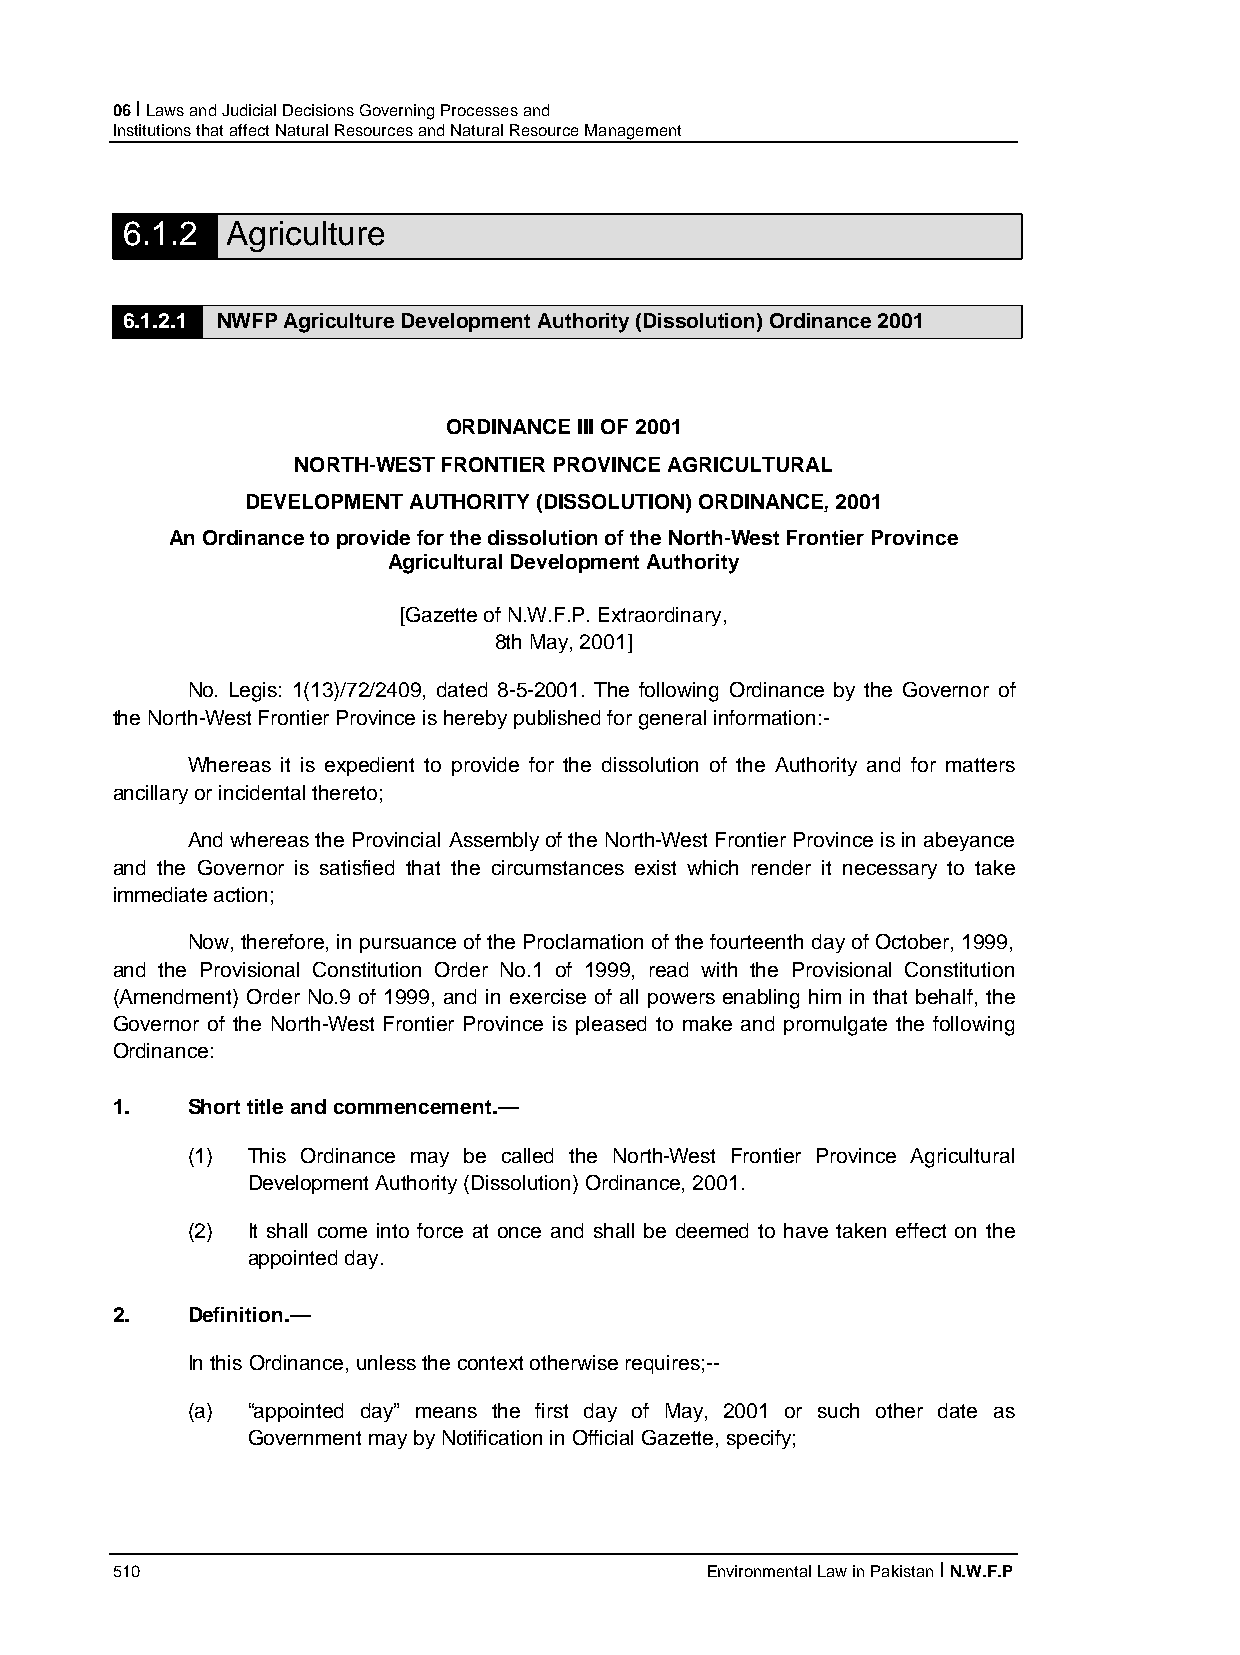
06 I Laws and Judicial Decisions Governing Processes and
 Institutions that affect Natural Resources and Natural Resource Management
 6.1.2  Agriculture
 6.1.2.1 NWFP Agriculture Development Authority (Dissolution) Ordinance 2001
 ORDINANCE III OF 2001
 NORTH-WEST FRONTIER PROVINCE AGRICULTURAL
 DEVELOPMENT AUTHORITY (DISSOLUTION) ORDINANCE, 2001
 An Ordinance to provide for the dissolution of the North-West Frontier Province
 Agricultural Development Authority
 [Gazette of N.W.F.P. Extraordinary,
 8th May, 2001]
 No. Legis: 1(13)/72/2409, dated 8-5-2001. The following Ordinance by the Governor of
 the North-West Frontier Province is hereby published for general information:-
 Whereas it is expedient to provide for the dissolution of the Authority and for matters
 ancillary or incidental thereto;
 And whereas the Provincial Assembly of the North-West Frontier Province is in abeyance
 and the Governor is satisfied that the circumstances exist which render it necessary to take
 immediate action;
 Now, therefore, in pursuance of the Proclamation of the fourteenth day of October, 1999,
 and the Provisional Constitution Order No.1 of 1999, read with the Provisional Constitution
 (Amendment) Order No.9 of 1999, and in exercise of all powers enabling him in that behalf, the
 Governor of the North-West Frontier Province is pleased to make and promulgate the following
 Ordinance:
 1.   Short title and commencement.—
 (1) This Ordinance may be called the North-West Frontier Province Agricultural
 Development Authority (Dissolution) Ordinance, 2001.
 (2) It shall come into force at once and shall be deemed to have taken effect on the
 appointed day.
 2.   Definition.—
 In this Ordinance, unless the context otherwise requires;--
 (a) “appointed day” means the first day of May, 2001 or such other date as
 Government may by Notification in Official Gazette, specify;
 510                                     Environmental Law in Pakistan I N.W.F.P